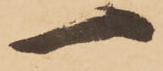
一